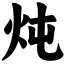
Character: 炖